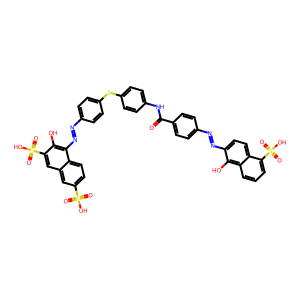
SMILES: O=C(Nc1ccc(Sc2ccc(N=Nc3c(O)c(S(=O)(=O)O)cc4cc(S(=O)(=O)O)ccc34)cc2)cc1)c1ccc(N=Nc2ccc3c(S(=O)(=O)O)cccc3c2O)cc1
Inhibits HIV replication: No